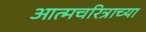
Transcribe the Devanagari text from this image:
आत्मचरित्राच्या